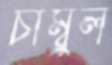
চাম্বুল